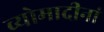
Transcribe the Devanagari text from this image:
व्योमादीनां